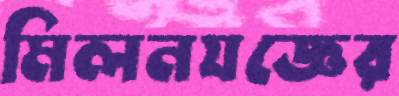
মিলনযজ্ঞের